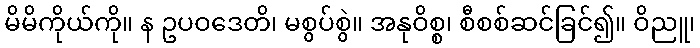
မိမိကိုယ်ကို။ န ဥပဝဒေတိ၊ မစွပ်စွဲ။ အနုဝိစ္စ၊ စီစစ်ဆင်ခြင်၍။ ဝိညူ၊